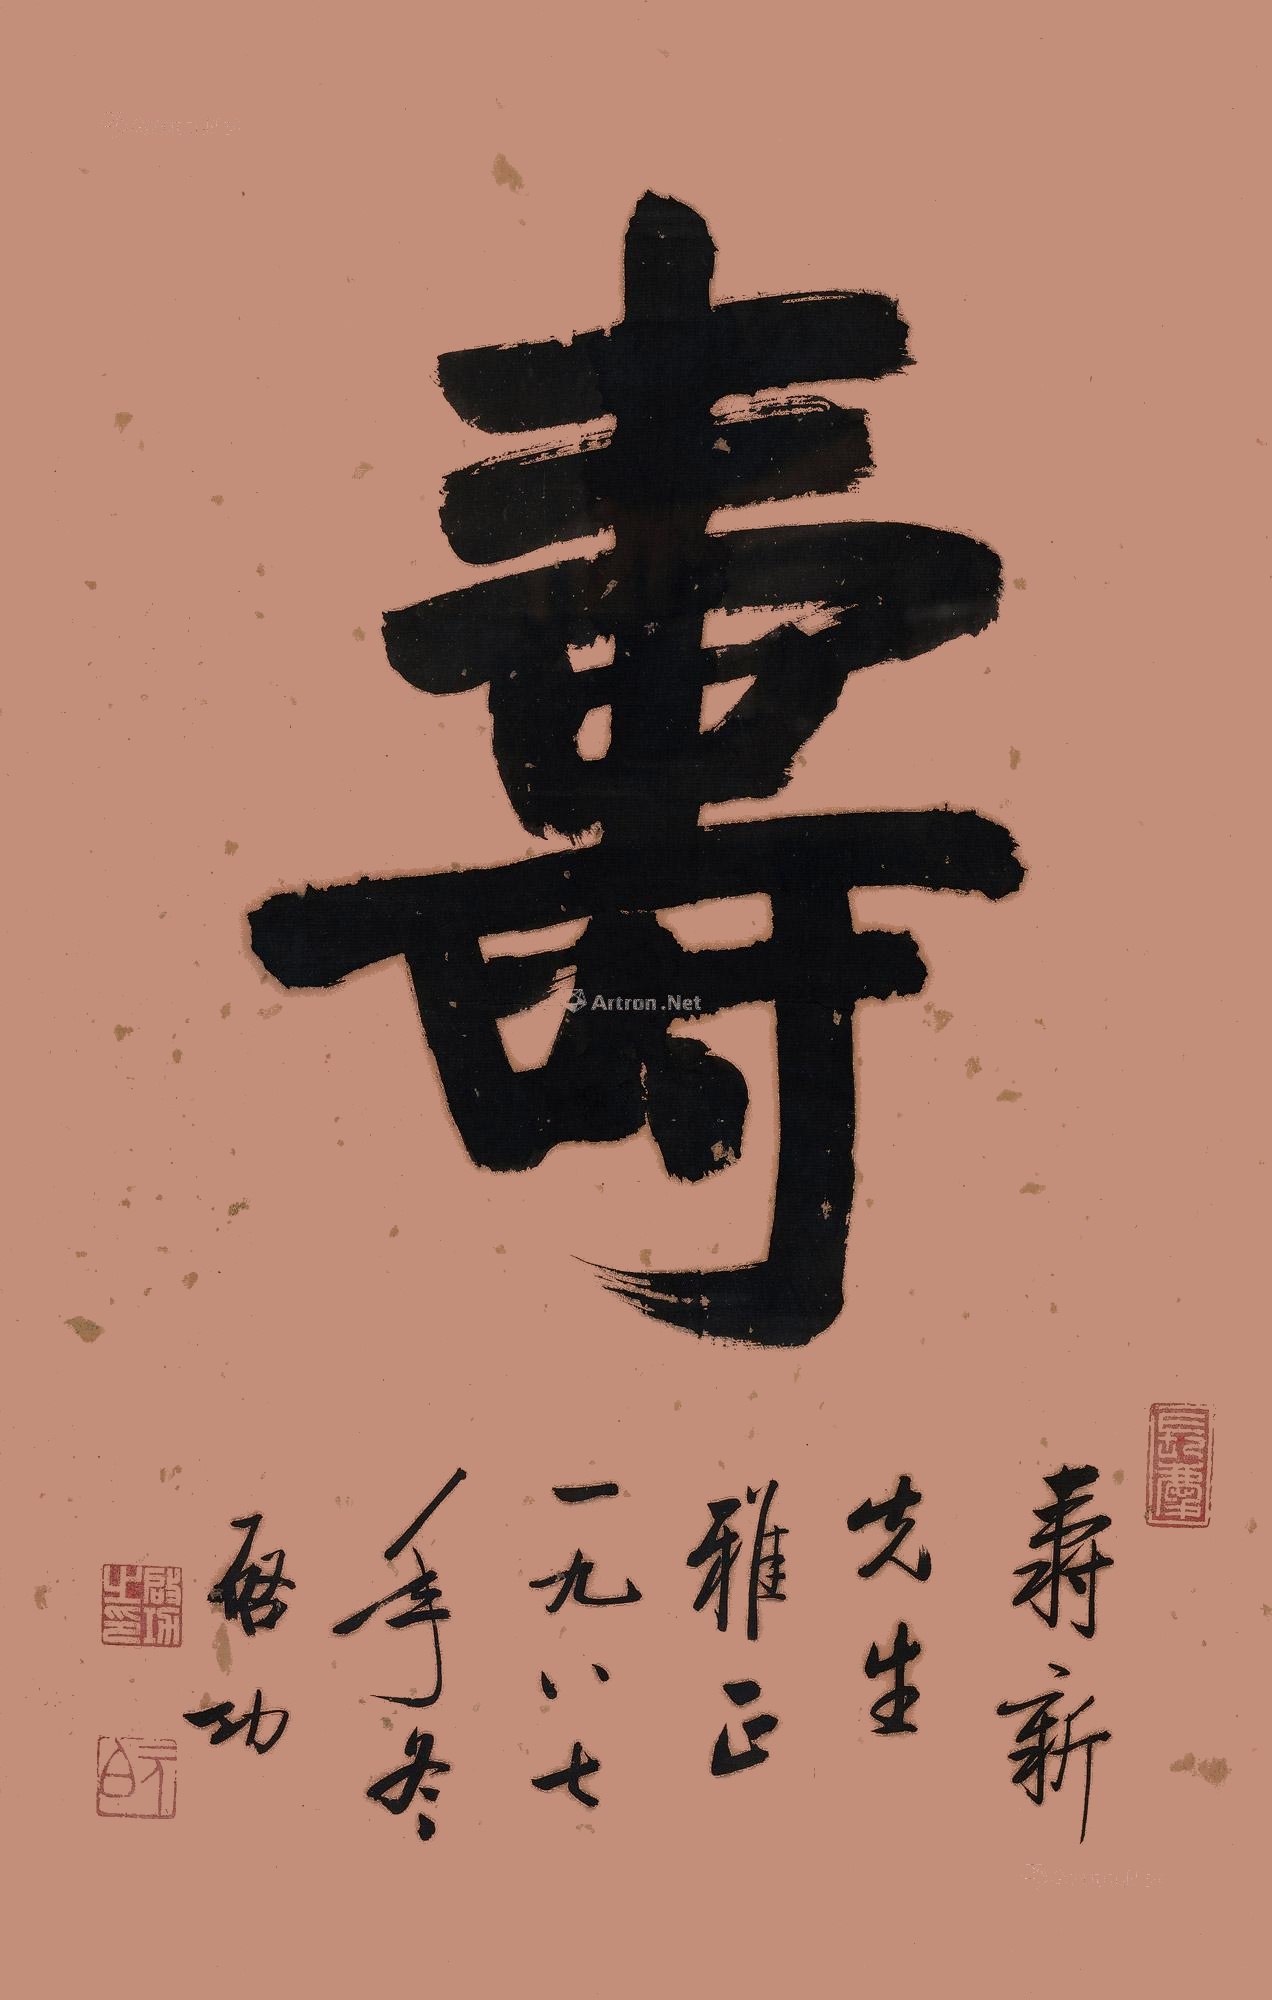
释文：寿。寿新先生雅正。一九八七年冬，启功。